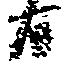
日